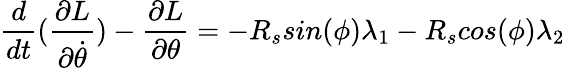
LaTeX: \frac{d}{dt}(\frac{\partial L}{\partial\dot{\theta}})-\frac{\partial L}{\partial\theta}=-R_{s}sin(\phi)\lambda_{1}-R_{s}cos(\phi)\lambda_{2}